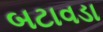
બટાવડા